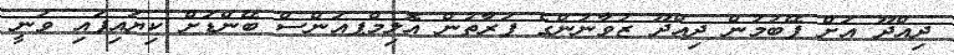
ދިއްދޫ އަށް ފޭބުމުން ދިއްދޫ ޒުވާނުންގެ ފަރާތުން އޮލިމްޕއަންސް ބޭންޑަށް ކިޔައިފައި ވަނީ